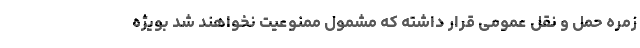
زمره حمل و نقل عمومی قرار داشته که مشمول ممنوعیت نخواهند شد بویژه